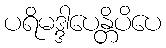
ပရိမဒ္ဒါပေန္တိပိပေ